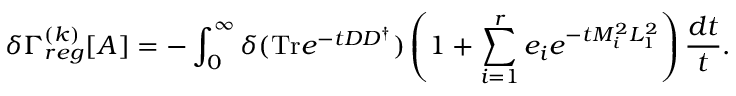
\delta \Gamma _ { r e g } ^ { ( k ) } [ A ] = - \int _ { 0 } ^ { \infty } \delta ( \mathrm { T r } e ^ { - t D D ^ { \dagger } } ) \left( 1 + \sum _ { i = 1 } ^ { r } e _ { i } e ^ { - t M _ { i } ^ { 2 } L _ { 1 } ^ { 2 } } \right) \frac { d t } { t } .